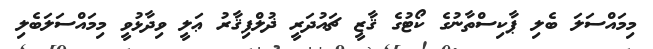
މިމައްސަލަ ބެލި ޕާކިސްތާނުގެ ކޯޓުގެ ޤާޒީ ޗައުދަރީ ޛުލްފިޤާރު ޢަލީ ވިދާޅުވީ މިމައްސަލަބެލި